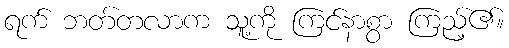
ရက် ဘတ်တလာက သူ့ကို ကြင်နာစွာ ကြည့်၏။